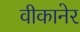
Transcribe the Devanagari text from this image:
वीकानेर